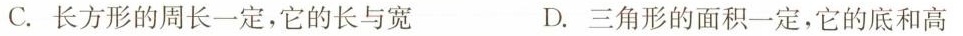
C.长方形的周长一定，它的长与宽 D.三角形的面积一定，它的底和高